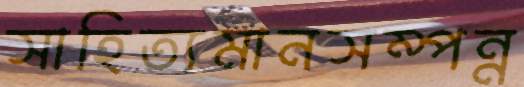
সাহিত্যমানসম্পন্ন